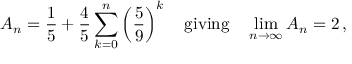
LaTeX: A _ { n } = { \frac { 1 } { 5 } } + { \frac { 4 } { 5 } } \sum _ { k = 0 } ^ { n } \left( { \frac { 5 } { 9 } } \right) ^ { k } \quad { \mathrm { g i v i n g } } \quad \operatorname* { l i m } _ { n \rightarrow \infty } A _ { n } = 2 \, ,